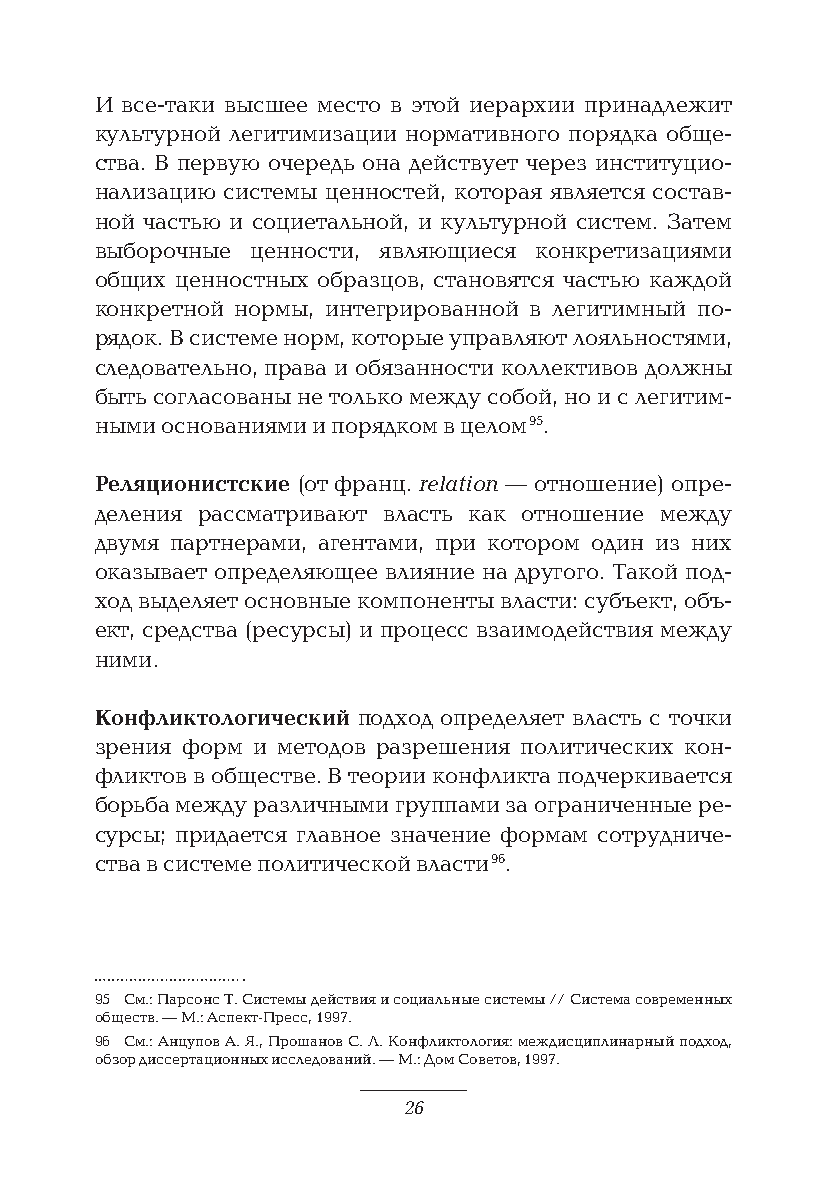
И все-таки высшее место в этой иерархии принадлежит
 культурной легитимизации нормативного порядка обще-
 ства. В первую очередь она действует через институцио-
 нализацию системы ценностей, которая является состав-
 ной частью и социетальной, и культурной систем. Затем
 выборочные ценности, являющиеся конкретизациями
 общих ценностных образцов, становятся частью каждой
 конкретной нормы, интегрированной в легитимный по-
 рядок. В системе норм, которые управляют лояльностями,
 следовательно, права и обязанности коллективов должны
 быть согласованы не только между собой, но и с легитим-
 ными основаниями и порядком в целом 95.
 Реляционистские (от франц. relation — отношение) опре-
 деления рассматривают власть как отношение между
 двумя партнерами, агентами, при котором один из них
 оказывает определяющее влияние на другого. Такой под-
 ход выделяет основные компоненты власти: субъект, объ-
 ект, средства (ресурсы) и процесс взаимодействия между
 ними.
 Конфликтологический подход определяет власть с точки
 зрения форм и методов разрешения политических кон-
 фликтов в обществе. В теории конфликта подчеркивается
 борьба между различными группами за ограниченные ре-
 сурсы; придается главное значение формам сотрудниче-
 ства в системе политической власти 96.
 95 См.: Парсонс Т. Системы действия и социальные системы // Система современных
 обществ. — М.: Аспект-Пресс, 1997.
 96 См.: Анцупов А. Я., Прошанов С. Л. Конфликтология: междисциплинарный подход,
 обзор диссертационных исследований. — М.: Дом Советов, 1997.
 26